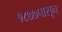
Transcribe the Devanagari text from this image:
१८७७पासून